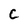
Character: C